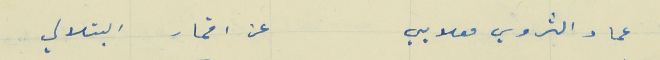
عماد الثروي معلايي                                         عن اقمار البتلالي